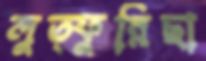
লুত্ফুন্নিছা